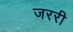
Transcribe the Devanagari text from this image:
जररी